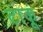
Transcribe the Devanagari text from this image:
टाकूं